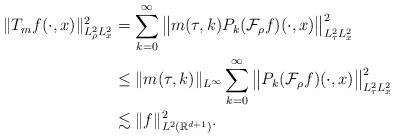
LaTeX: \begin{align*} \|T_m f(\cdot, x)\|_{L^2_\rho L^2_x}^2&=\sum_{k=0}^\infty \big\|m(\tau, k) P_k(\mathcal F_\rho f)(\cdot, x)\big\|_{L^2_\tau L^2_x}^2 \\ &\leq \|m(\tau, k)\|_{L^\infty} \sum_{k=0}^\infty \big\|P_k(\mathcal F_\rho f)(\cdot, x)\big\|_{L^2_\tau L^2_x}^2\\ &\lesssim \|f\|_{L^2(\mathbb R^{d+1})}^2.\end{align*}